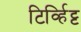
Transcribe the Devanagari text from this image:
टिर्व्हिट्ट